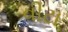
વીટા